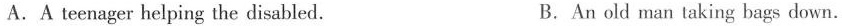
A.A teenager helping the disabled. B.An old man taking bags down.